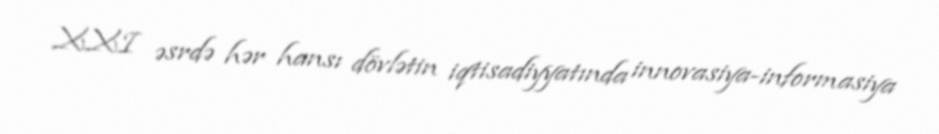
XXI əsrdə hər hansı dövlətin iqtisadiyyatında innovasiya-informasiya